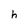
Character: h